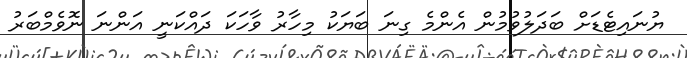
ޔުނައިޓެޑަށް ބަދަލުވުމުން އެންމެ ގިނަ ބަޔަކު މިހާރު ވާހަކަ ދައްކަނީ އަންނަ ނޮވެމްބަރު